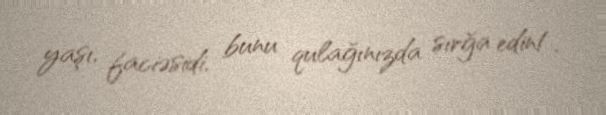
yaşı, faciəsidi, bunu qulağınızda sırğa edin!.